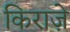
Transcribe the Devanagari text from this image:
किराज़े